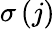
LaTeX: \sigma\left(j\right)